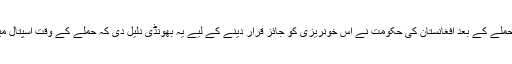
شرمناک بات یہ بھی ہے کہ حملے کے بعد افغانستان کی حکومت نے اِس خونریزی کو جائز قرار دینے کے لیے یہ بھونڈی دلیل دی کہ حملے کے وقت اسپتال میں طالبان جنگجو موجود تھے۔